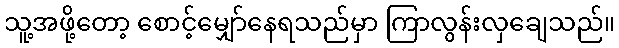
သူ့အဖို့တော့ စောင့်မျှော်နေရသည်မှာ ကြာလွန်းလှချေသည်။